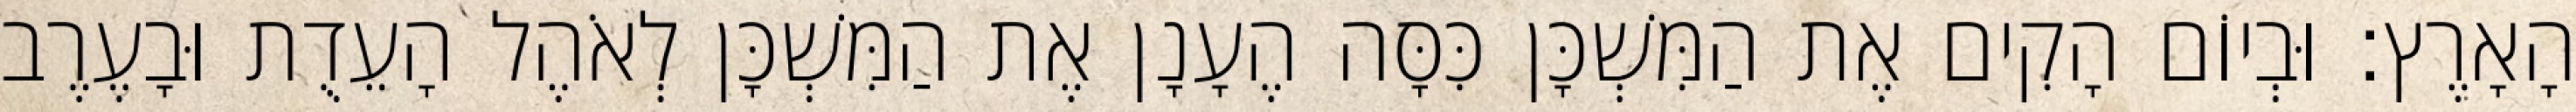
הָאָרֶץ׃ וּבְיוֹם הָקִים אֶת הַמִּשְׁכָּן כִּסָּה הֶעָנָן אֶת הַמִּשְׁכָּן לְאֹהֶל הָעֵדֻת וּבָעֶרֶב